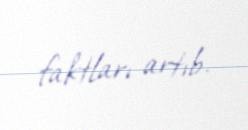
faktları artıb.